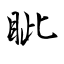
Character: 眦